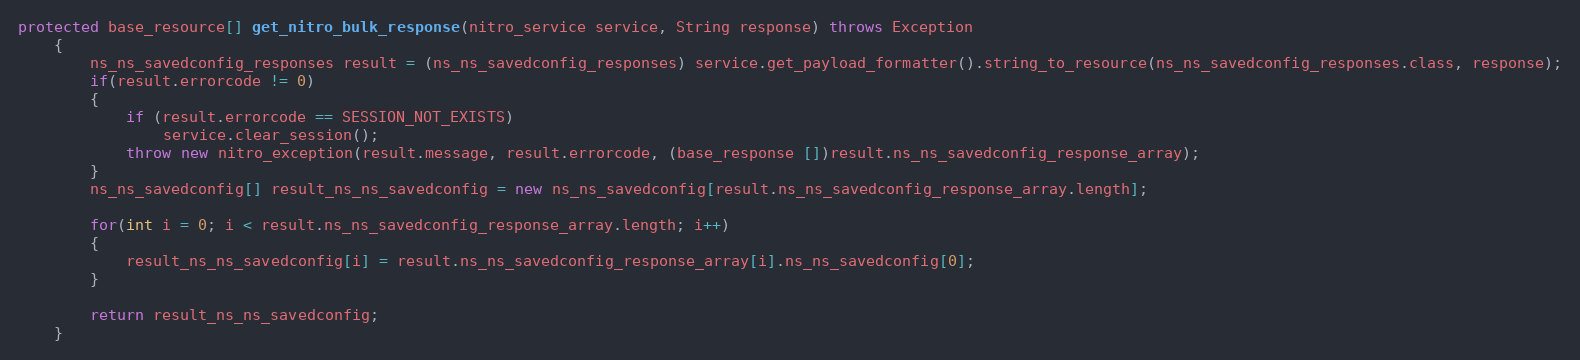
Language: Java
protected base_resource[] get_nitro_bulk_response(nitro_service service, String response) throws Exception
	{
		ns_ns_savedconfig_responses result = (ns_ns_savedconfig_responses) service.get_payload_formatter().string_to_resource(ns_ns_savedconfig_responses.class, response);
		if(result.errorcode != 0)
		{
			if (result.errorcode == SESSION_NOT_EXISTS)
				service.clear_session();
			throw new nitro_exception(result.message, result.errorcode, (base_response [])result.ns_ns_savedconfig_response_array);
		}
		ns_ns_savedconfig[] result_ns_ns_savedconfig = new ns_ns_savedconfig[result.ns_ns_savedconfig_response_array.length];

		for(int i = 0; i < result.ns_ns_savedconfig_response_array.length; i++)
		{
			result_ns_ns_savedconfig[i] = result.ns_ns_savedconfig_response_array[i].ns_ns_savedconfig[0];
		}

		return result_ns_ns_savedconfig;
	}